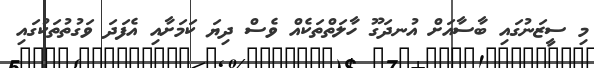
މި ސީޒަނުގައި ބާސާއަށް އުނދަގޫ ހާލަތްތަކެއް ވެސް ދިޔަ ކަމަށާއި އެފަދަ ވަގުތުތަކުގައި